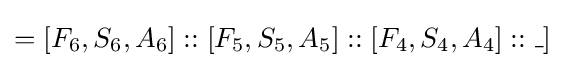
=[F_{6},S_{6},A_{6}]::[F_{5},S_{5},A_{5}]::[F_{4},S_{4},A_{4}]::\_]